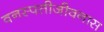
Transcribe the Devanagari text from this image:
वनस्पतीजीवनास